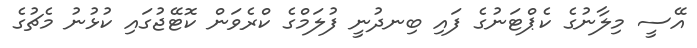
އޭސީ މިލާނުގެ ކެޕްޓަނުގެ ފައި ބިނދުނީ ފުލަމްގެ ކްރެވަން ކޮޓޭޖުގައި ކުޅުނު މެޗުގެ